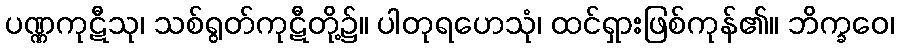
ပဏ္ဏကုဋီသု၊ သစ်ရွတ်ကုဋီတို့၌။ ပါတုရဟေသုံ၊ ထင်ရှားဖြစ်ကုန်၏။ ဘိက္ခဝေ၊